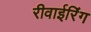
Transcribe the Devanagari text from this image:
रीवाईरिंग